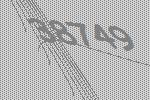
38749